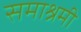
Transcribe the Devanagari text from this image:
समाश्रमी